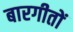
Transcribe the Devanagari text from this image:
बारगीतों